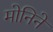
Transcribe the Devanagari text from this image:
मोनिने